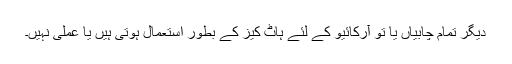
دیگر تمام چابیاں یا تو آرکائیو کے لئے ہاٹ کیز کے بطور استعمال ہوتی ہیں یا عملی نہیں۔